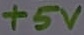
Text: +5V